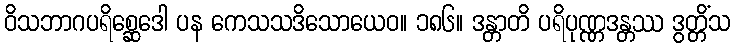
ဝိသဘာဂပရိစ္ဆေဒေါ ပန ကေသသဒိသောယေဝ။ ၁၈၆။ ဒန္တာတိ ပရိပုဏ္ဏဒန္တဿ ဒွတ္တိံသ